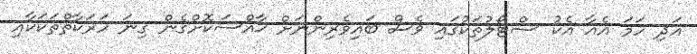
އަދި ހަމަ އެއާ އެކު ސްޓޯލުތަކުގައި ވެސް ބައިވެރިންނަށް ޚާއްސަކޮށްގެން ގިނަ ހަރަކާތްތަކަކާއި